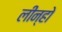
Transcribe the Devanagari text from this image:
लीन्हो